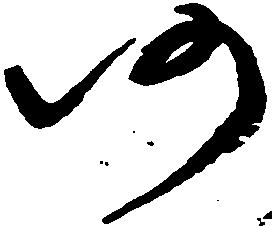
仍